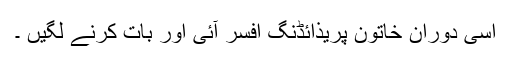
اسی دوران خاتون پریذائڈنگ افسر آئی اور بات کرنے لگیں ۔